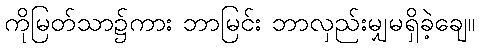
ကိုမြတ်သာ၌ကား ဘာမြင်း ဘာလှည်းမျှမရှိခဲ့ချေ။